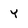
Character: Y